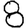
Digit: 8